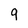
Character: 9